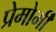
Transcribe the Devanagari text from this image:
प्रेमोर्मी